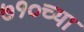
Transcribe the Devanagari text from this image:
७१०च्या